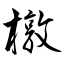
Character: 橔